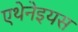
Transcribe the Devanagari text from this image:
एथेनेइयस